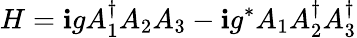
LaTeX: H=\mathbf{i}gA_{1}^{\dagger}A_{2}A_{3}-\mathbf{i}g^{*}A_{1}A_{2}^{\dagger}A_{3}^{\dagger}